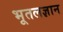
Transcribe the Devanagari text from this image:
भूतलज्ञान